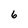
Character: 6